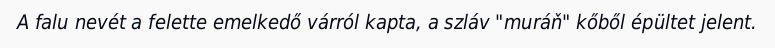
A falu nevét a felette emelkedő várról kapta, a szláv "muráň" kőből épültet jelent.